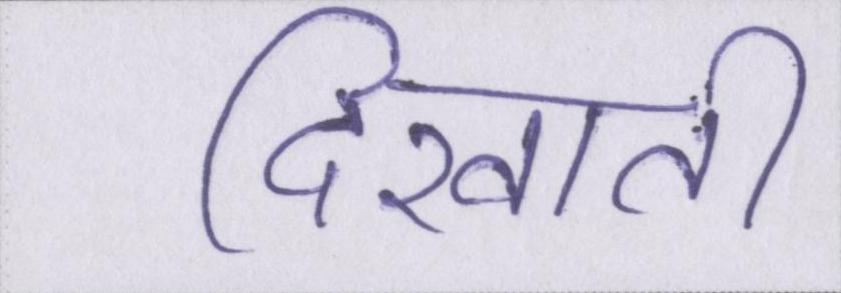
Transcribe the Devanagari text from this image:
दिखाती